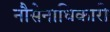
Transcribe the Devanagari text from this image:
नौसेनाधिकारी